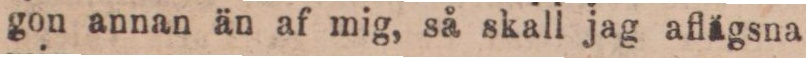
gon annan än af mig, så skall jag aflägsna